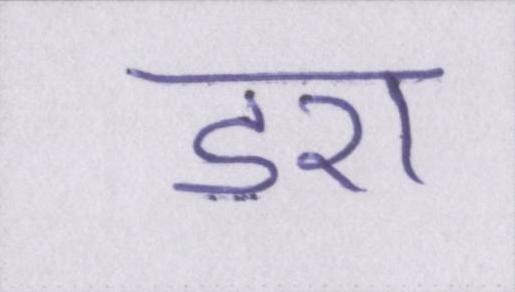
डरा